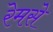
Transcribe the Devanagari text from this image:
रेमसे